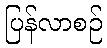
ပြန်လာစဉ်